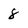
Character: 8